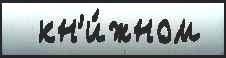
  кн'и́жном